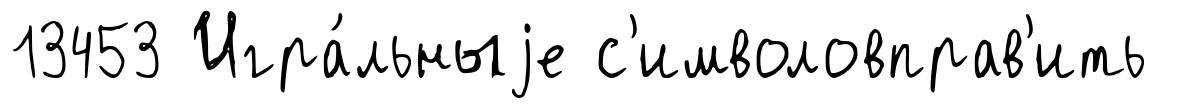
13453 Игра́льныjе с'имволовправ'ить